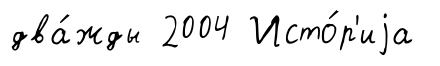
два́жды 2004 Исто́р'иjа